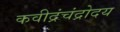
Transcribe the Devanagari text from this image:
कवीद्रंचंद्रोदय